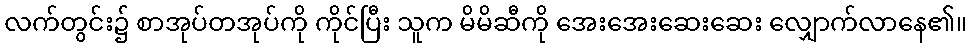
လက်တွင်း၌ စာအုပ်တအုပ်ကို ကိုင်ပြီး သူက မိမိဆီကို အေးအေးဆေးဆေး လျှောက်လာနေ၏။